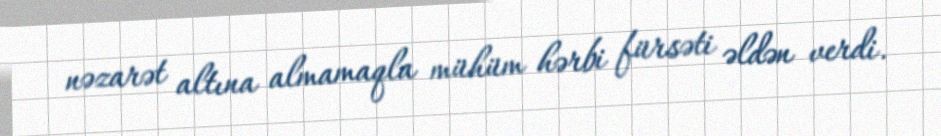
nəzarət altına almamaqla mühüm hərbi fürsəti əldən verdi.